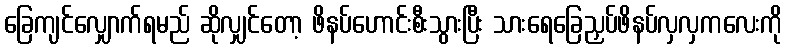
ခြေကျင်လျှောက်ရမည် ဆိုလျှင်တော့ ဖိနပ်ဟောင်းစီးသွားပြီး သားရေခြေညှပ်ဖိနပ်လှလှကလေးကို